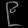
Digit: ၉